Indian journal of veterinary science and animal husbandry - Volume 13,
Year: 1943
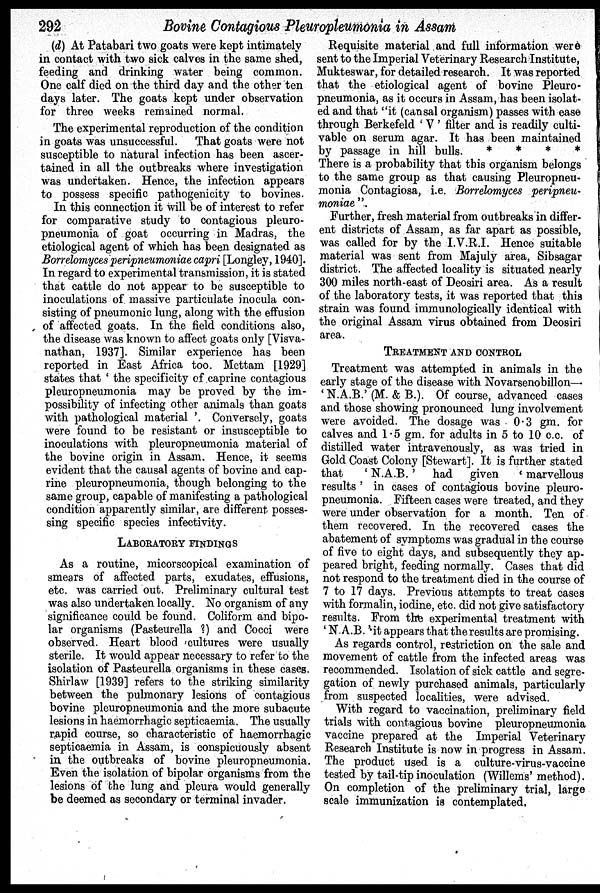
292
Bovine Contagious Pleuropleumonia in Assam
(d) At Patabari two goats were kept intimately
in contact with two sick calves in the same shed,
feeding and drinking water being common.
One calf died on the third day and the other ten
days later. The goats kept under observation
for three weeks remained normal.
The experimental reproduction of the condition
in goats was unsuccessful. That goats were not
susceptible to natural infection has been ascer-
tained in all the outbreaks where investigation
was undertaken. Hence, the infection appears
to possess specific pathogenicity to bovines.
In this connection it will be of interest to refer
for comparative study to contagious pleuro-
pneumonia of goat occurring in Madras, the
etiological agent of which has been designated as
Borrelomyces peripneumoniae capri [Longley, 1940].
In regard to experimental transmission, it is stated
that cattle do not appear to be susceptible to
inoculations of massive particulate inocula con-
sisting of pneumonic lung, along with the effusion
of affected goats. In the field conditions also,
the disease was known to affect goats only [Visva-
nathan, 1937]. Similar experience has been
reported in East Africa too. Mettam [1929]
states that ' the specificity of caprine contagious
pleuropneumonia may be proved by the im-
possibility of infecting other animals than goats
with pathological material '. Conversely, goats
were found to be resistant or insusceptible to
inoculations with pleuropneumonia material of
the bovine origin in Assam. Hence, it seems
evident that the causal agents of bovine and cap-
rine pleuropneumonia, though belonging to the
same group, capable of manifesting a pathological
condition apparently similar, are different- posses-
sing specific species infectivity.
LABORATORY FINDINGS
As a routine, micorscopical examination of
smears of affected parts, exudates, effusions,
etc. was carried out. Preliminary cultural test
was also undertaken locally. No organism of any
significance could be found. Coliform and bipo-
lar organisms (Pasteurella ?) and Cocci were
observed. Heart blood cultures were usually
sterile. It would appear necessary to refer to the
isolation of Pasteurella organisms in these cases.
Shirlaw [1939] refers to the striking similarity
between the pulmonary lesions of contagious
bovine pleuropneumonia and the more subacute
lesions in haemorrhagic septicaemia. The usually
rapid course, so characteristic of haemorrhagic
septicaemia in Assam, is conspicuously absent
in the outbreaks of bovine pleuropneumonia.
Even the isolation of bipolar organisms from the
lesions of the lung and pleura would generally
be deemed as secondary or terminal invader.
Requisite material and full information were
sent to the Imperial Veterinary Research Institute,
Mukteswar, for detailed research. It was reported
that the etiological agent of bovine Pleuro-
pneumonia, as it occurs in Assam, has been isolat-
ed and that "it (causal organism) passes with ease
through Berkefeld 'V' filter and is readily culti-
vable on serum agar. It has been maintained
by passage in hill bulls.
*
*
*
*
There is a probability that this organism belongs
to the same group as that causing Pleuropneu-
monia Contagiosa, i.e. Borrelomyces peripneu-
moniae".
Further, fresh material from outbreaks in differ-
ent districts of Assam, as far apart as possible,
was called for by the I.V.R.I. Hence suitable
material was sent from Majuly area, Sibsagar
district. The affected locality is situated nearly
300 miles north-east of Deosiri area. As a result
of the laboratory tests, it was reported that this
strain was found immunologically identical with
the original Assam virus obtained from Deosiri
area.
TREATMENT AND CONTROL
Treatment was attempted in animals in the
early stage of the disease with Novarsenobillon—
' N.A.B.' (M. & B.). Of course, advanced cases
and those showing pronounced lung involvement
were avoided. The dosage was 0.3 gm. for
calves and 1.5 gm. for adults in 5 to 10 c.c. of
distilled water intravenously, as was tried in
Gold Coast Colony [Stewart]. It is further stated
that
'N.A.B.'
had given
'marvellous
results' in cases of contagious bovine pleuro-
pneumonia. Fifteen cases were treated, and they
were under observation for a month. Ten of
them recovered. In the recovered cases the
abatement of symptoms was gradual in the course
of five to eight days, and subsequently they ap-
peared bright, feeding normally. Cases that did
not respond to the treatment died in the course of
7 to 17 days. Previous attempts to treat cases
with formalin, iodine, etc. did not give satisfactory
results. From the experimental treatment with
'N.A.B.' it appears that the results are promising.
As regards control, restriction on the sale and
movement of cattle from the infected areas was
recommended. Isolation of sick cattle and segre-
gation of newly purchased animals, particularly
from suspected localities, were advised.
With regard to vaccination, preliminary field
trials with contagious bovine pleuropneumonia
vaccine prepared at the Imperial Veterinary
Research Institute is now in progress in Assam.
The product used is a culture-virus-vaccine
tested by tail-tip inoculation (Willems' method).
On completion of the preliminary trial, large
scale immunization is contemplated.